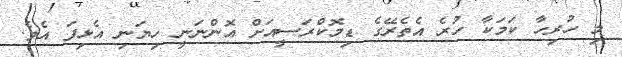
މި ހުރިހާ ކަމަކާ ހުރެ އެތެރޭގެ ޑިމޮކްރަސީއަށް އޮންނަނީ ހިޔަނި އެޅިފަ އެވެ.